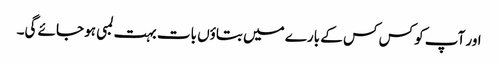
اور آپ کو کس کس کے بارے میں بتاؤں بات بہت لمبی ہو جائے گی۔